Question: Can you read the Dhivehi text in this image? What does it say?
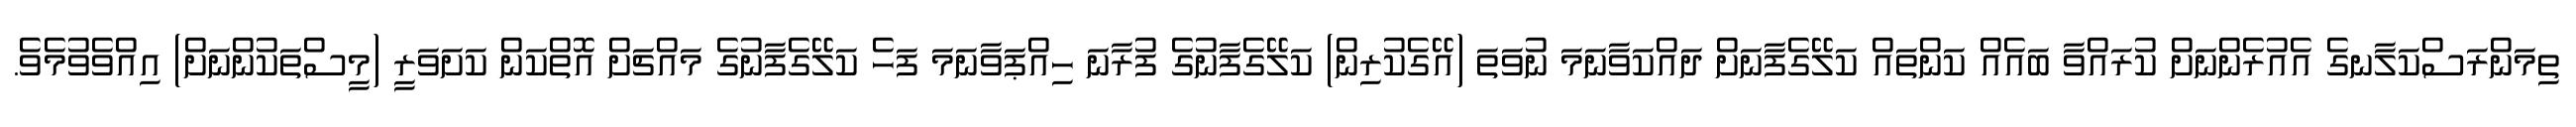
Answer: ތިމަންރަސްކަލާނގެ އެއުރެންނަށް ކުރައްވާ ބައެއް ކަންތައް ކަލޭގެފާނަށް ދައްކަވާނަމަ ނުވަތަ (އޭގެކުރިން) ކަލޭގެފާނުގެ ފުރާނަ ހިއްޕަވާނަމަ ފަހެ ކަލޭގެފާނުގެ މައްޗަށް އޮތްކަން ކަށަވަރީ (މީސްތަކުންނަށް) އިއްވެވުމެވެ.